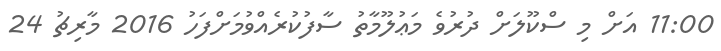
11:00 އަށް މި ސްކޫލަށް ދުރުވެ މަޢުލޫމާތު ސާފުކުރެއްވުމަށްފަހު 2016 މާރިޗު 24